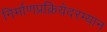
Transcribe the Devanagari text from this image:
निर्माणप्रक्रियेदरम्यान